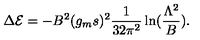
\Delta { \cal E } = - B ^ { 2 } ( g _ { m } s ) ^ { 2 } { \frac { 1 } { 3 2 \pi ^ { 2 } } } \ln ( { \frac { \Lambda ^ { 2 } } { B } } ) .